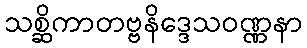
သစ္ဆိကာတဗ္ဗနိဒ္ဒေသဝဏ္ဏနာ